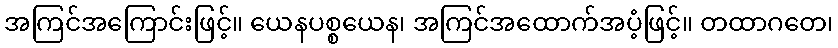
အကြင်အကြောင်းဖြင့်။ ယေနပစ္စယေန၊ အကြင်အထောက်အပံ့ဖြင့်။ တထာဂတေ၊